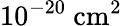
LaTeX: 10^{-20}~\mathrm{cm}^{2}